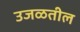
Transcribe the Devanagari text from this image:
उजळतील